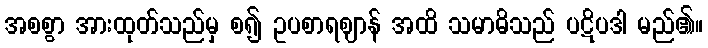
အစစွာ အားထုတ်သည်မှ စ၍ ဥပစာရဈာန် အထိ သမာဓိသည် ပဋိပဒါ မည်၏။